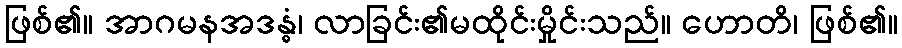
ဖြစ်၏။ အာဂမနအဒန္ဓံ၊ လာခြင်း၏မထိုင်းမှိုင်းသည်။ ဟောတိ၊ ဖြစ်၏။